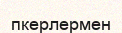
пкерлермен